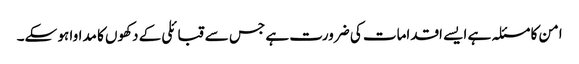
امن کا مسئلہ ہے ایسے اقدامات کی ضرورت ہے جس سے قبائلی کے دکھوں کا مداوا ہو سکے۔